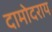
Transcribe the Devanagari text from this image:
दामोदराय